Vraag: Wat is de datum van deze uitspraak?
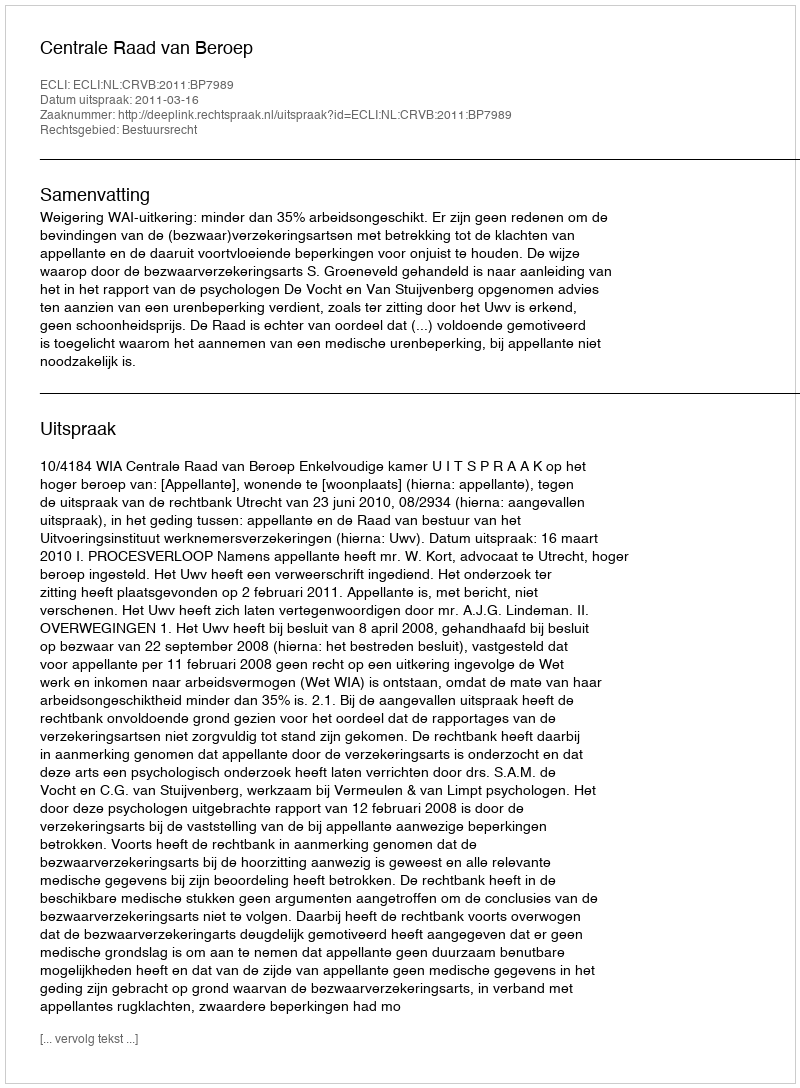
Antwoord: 2011-03-16